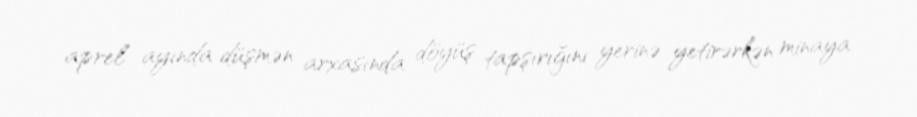
aprel ayında düşmən arxasında döyüş tapşırığını yerinə yetirərkən minaya